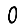
Digit: 0